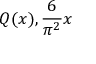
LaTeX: Q ( x ) , { \frac { 6 } { \pi ^ { 2 } } } x